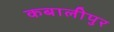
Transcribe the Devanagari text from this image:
कबालीपुर